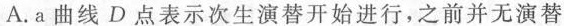
A.a曲线D点表示次生演替开始进行，之前并无演替